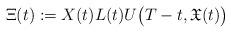
LaTeX: \begin{align*} \Xi(t):=X(t)L(t)U\big(T-t,\mathfrak{X}(t)\big)\end{align*}